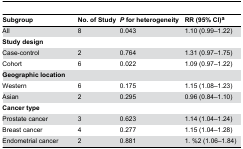
<table><thead><tr><td><b>Subgroup</b></td><td><b>No. of Study</b></td><td><b><i>P</i> for heterogeneity</b></td><td><b>RR (95% CI)<sup>a</sup></b></td></tr></thead><tbody><tr><td>All</td><td>8</td><td>0.043</td><td>1.10 (0.99–1.22)</td></tr><tr><td><b>Study design</b></td><td></td><td></td><td></td></tr><tr><td> Case-control</td><td>2</td><td>0.764</td><td>1.31 (0.97–1.75)</td></tr><tr><td> Cohort</td><td>6</td><td>0.022</td><td>1.09 (0.97–1.22)</td></tr><tr><td><b>Geographic location</b></td><td></td><td></td><td></td></tr><tr><td>Western</td><td>6</td><td>0.175</td><td>1.15 (1.08–1.23)</td></tr><tr><td>Asian</td><td>2</td><td>0.295</td><td>0.96 (0.84–1.10)</td></tr><tr><td><b>Cancer type</b></td><td></td><td></td><td></td></tr><tr><td>Prostate cancer</td><td>3</td><td>0.623</td><td>1.14 (1.04–1.24)</td></tr><tr><td>Breast cancer</td><td>4</td><td>0.277</td><td>1.15 (1.04–1.28)</td></tr><tr><td>Endometrial cancer</td><td>2</td><td>0.881</td><td>1. %2 (1.06–1.84)</td></tr></tbody></table>